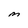
Character: M